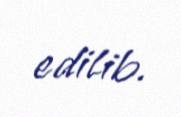
edilib.